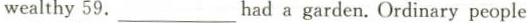
wealthy 59.___had a garden.Ordinary people